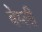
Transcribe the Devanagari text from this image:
बेय्ली